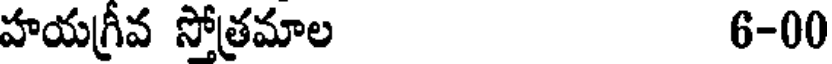
హయగ్రీవ స్తోత్రమాల 6-00